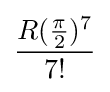
{\frac {R({\frac {\pi }{2}})^{7}}{7!}}